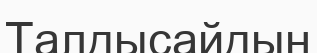
Талдысайдың